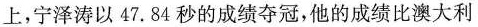
上，宁泽涛以47.84秒的成绩夺冠，他的成绩比澳大利